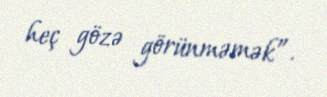
heç gözə görünməmək”.